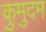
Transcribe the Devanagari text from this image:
कुमुदम